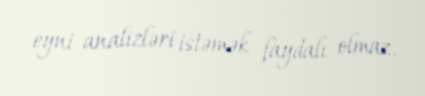
eyni analizləri istəmək faydalı olmaz.